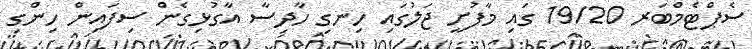
ސެޕްޓެމްބަރ 19/20 ގައި މާފުށީ ޖަލުގައި ހިނގި ހާދިސާ އާގުޅިގެން ސިފައިން ހިންގި